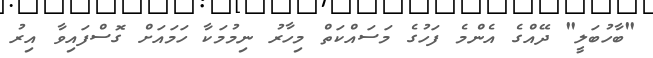
"ބާހުބަލީ" ދޭއްގެ އެންމެ ފަހުގެ މަސައްކަތް މިހާރު ނިމުމަކާ ހަމައަށް ގޮސްފައިވާ އިރު